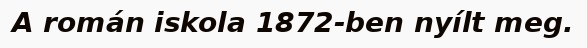
A román iskola 1872-ben nyílt meg.